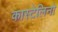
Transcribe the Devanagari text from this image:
कास्टेलिनो